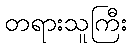
တရားသူကြီး